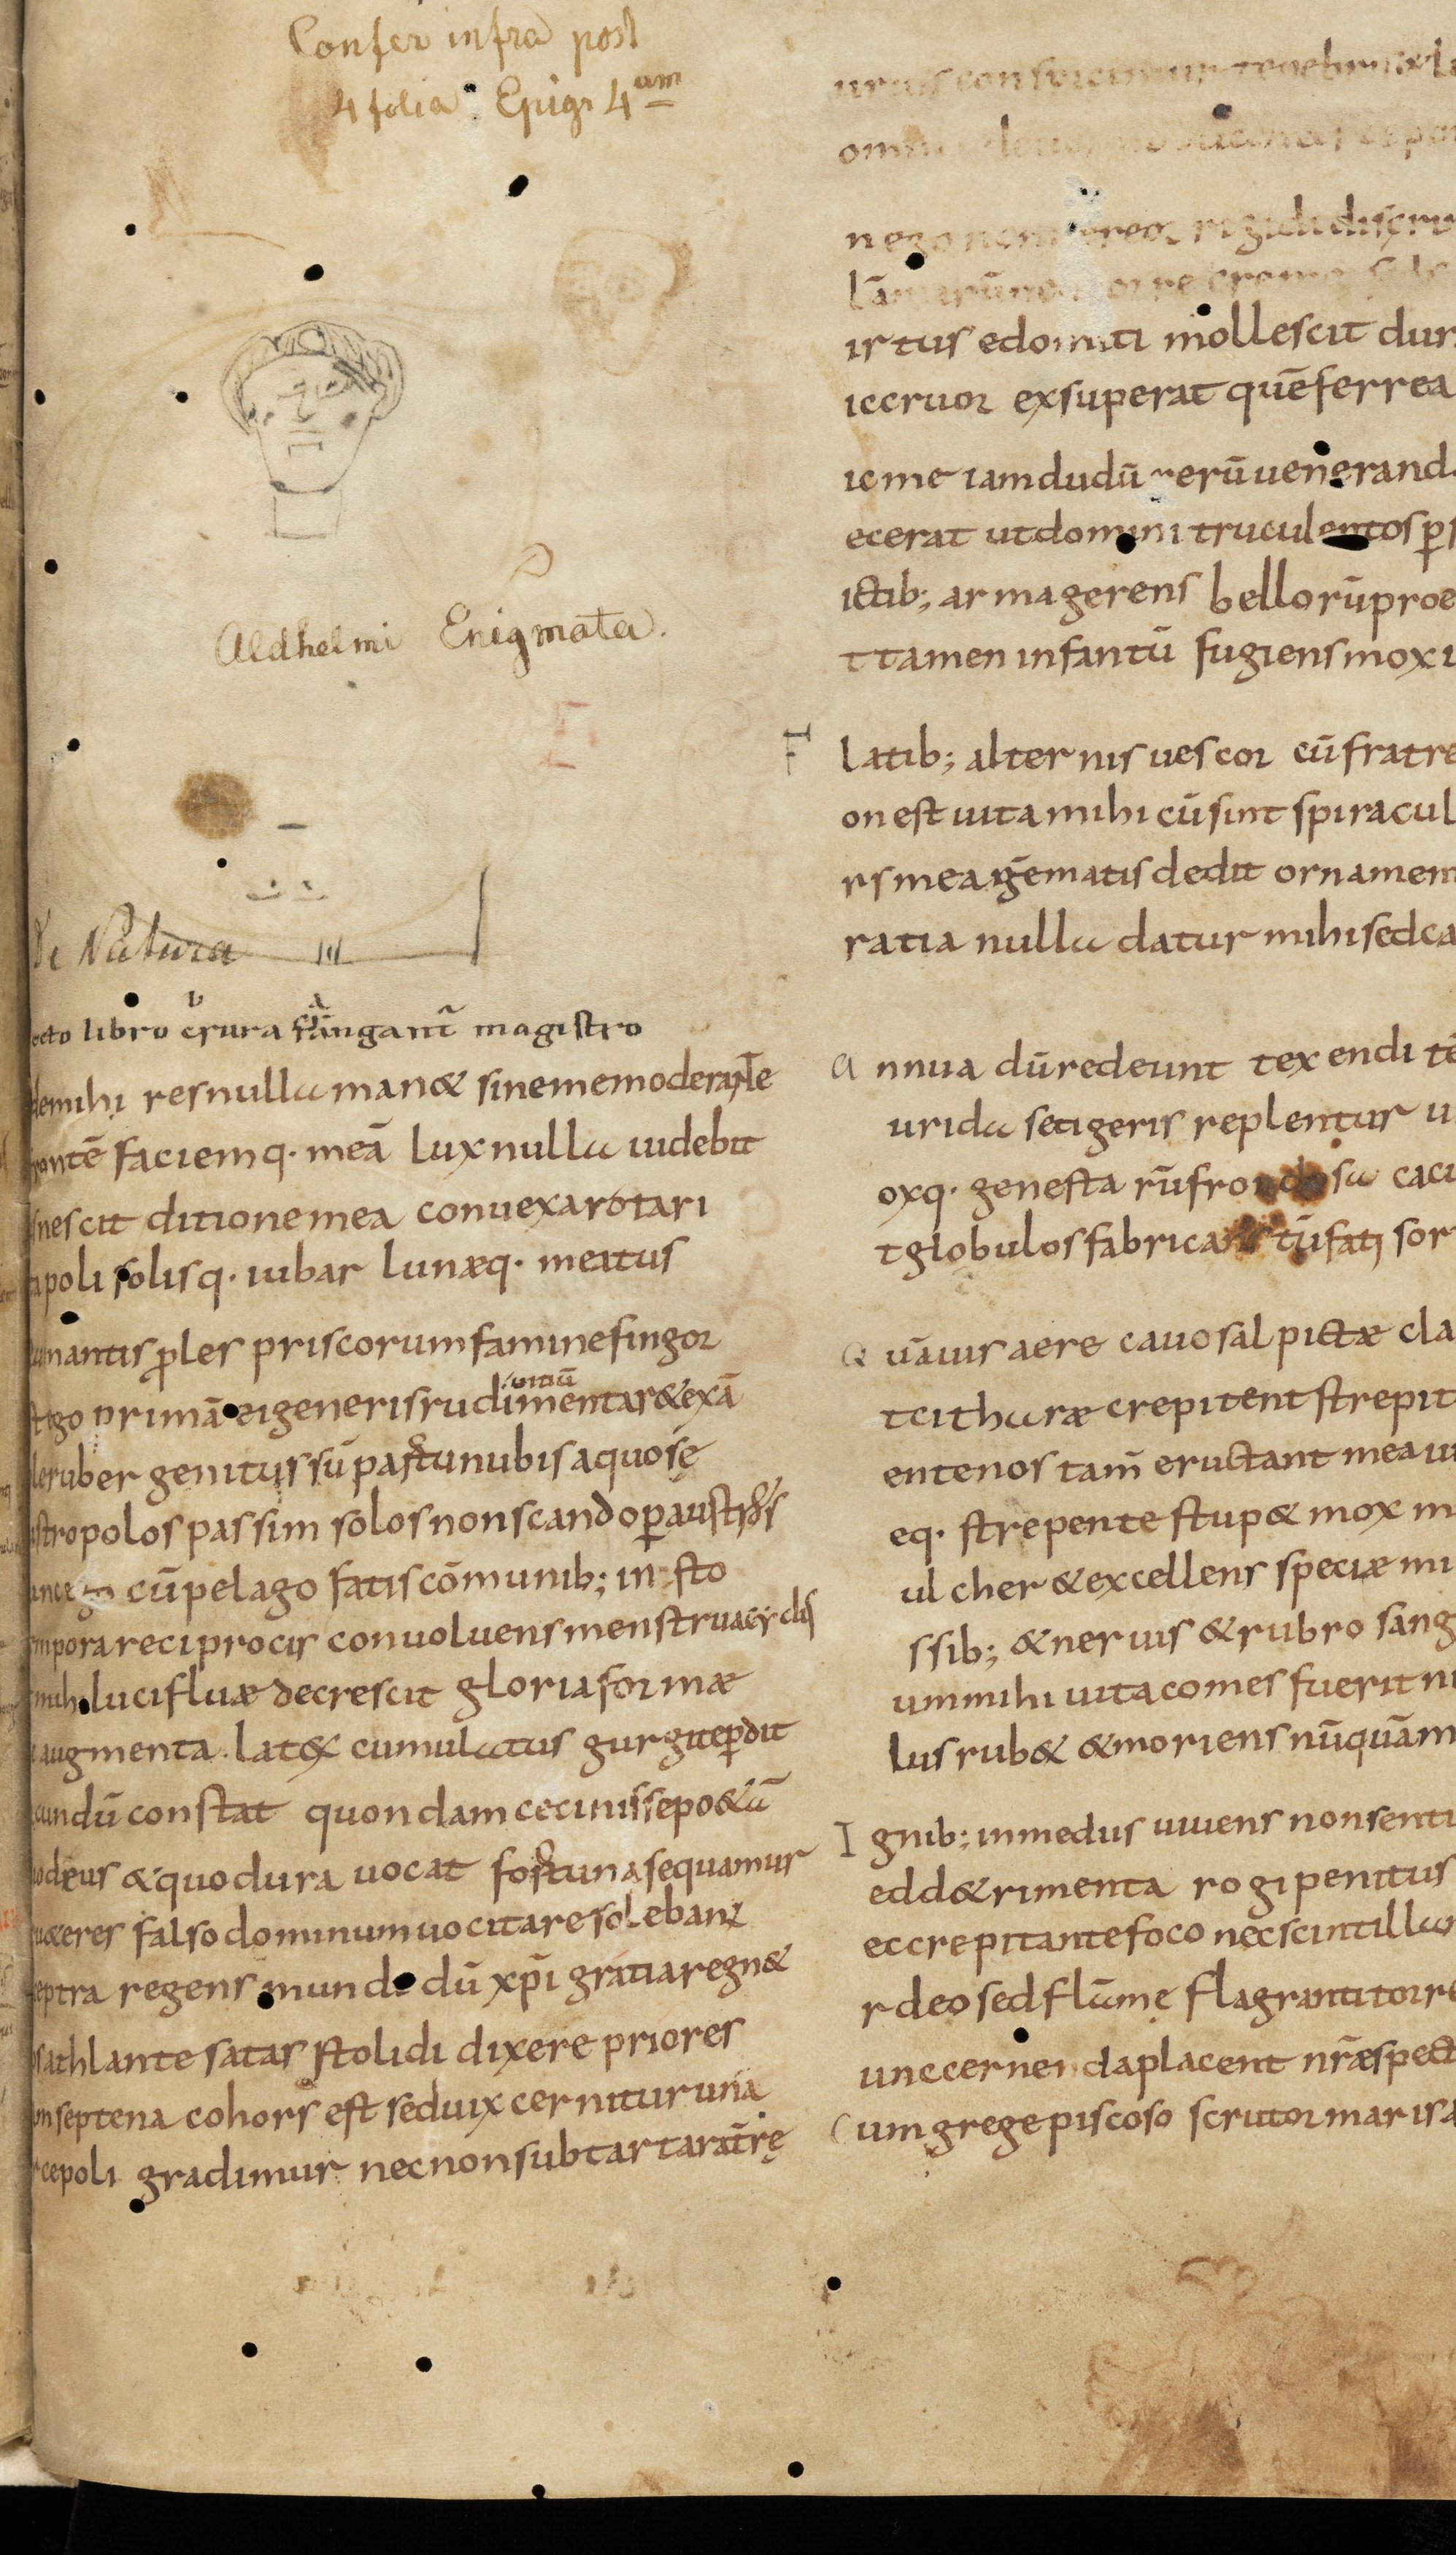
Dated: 833–999